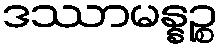
ဒဿာမန္နဉ္စ